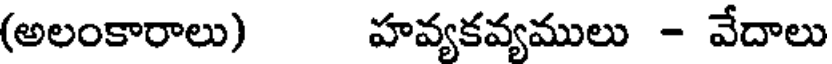
(అలంకారాలు) హవ్యకవ్యములు - వేదాలు